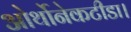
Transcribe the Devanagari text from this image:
ओर्थोनेकटीडा।